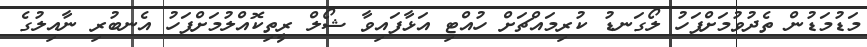
މަޑުމަޑުން ތެދުވުމަށްފަހު ލޯގަނޑު ކުރިމައްޗަށް ހުއްޓި އަޅާފައިވާ ޝޯލް ރީތިކޮއްލުމަށްފަހު އެނބުރި ނާއިލުގެ